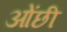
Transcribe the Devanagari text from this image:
ओंछी